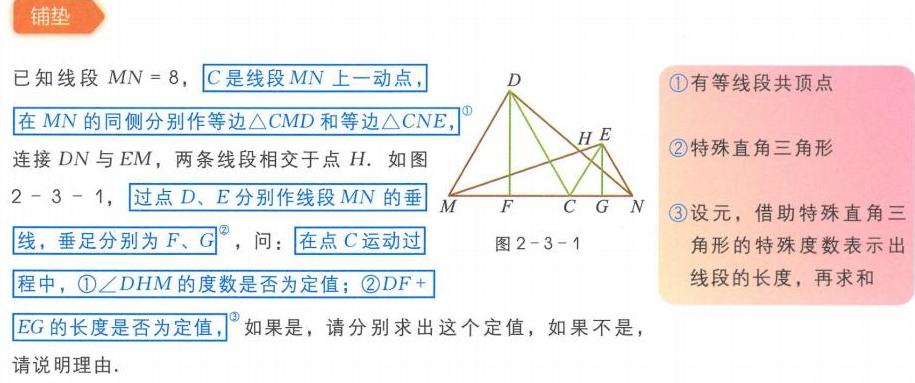
\textbf{铺垫}

已知线段\(MN = 8\)，\(C\)是线段\(MN\)上一动点，在\(MN\)的同侧分别作等边\(\triangle CMD\)和等边\(\triangle CNE\)，连接\(DN\)与\(EM\)，两条线段相交于点\(H\)。如图2 - 3 - 1，过点\(D、E\)分别作线段\(MN\)的垂线，垂足分别为\(F、G\)，问：在点\(C\)运动过程中，\textcircled{1}\(\angle DHM\)的度数是否为定值；\textcircled{2}\(DF + EG\)的长度是否为定值，如果是，请分别求出这个定值，如果不是，请说明理由。

\begin{enumerate}
\item 有等线段共顶点
\item 特殊直角三角形
\item 设元，借助特殊直角三角形的特殊度数表示出线段的长度，再求和
\end{enumerate}